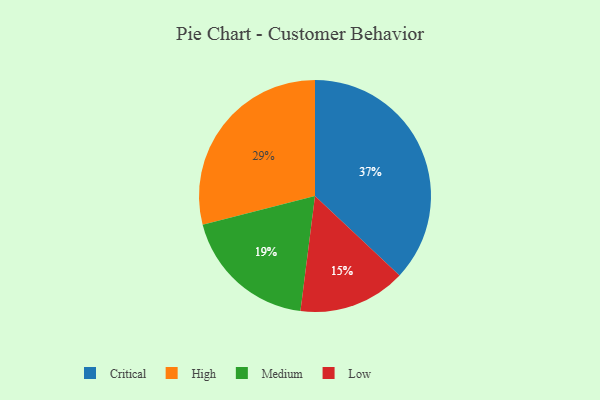
{"axis": {"x": "Category", "y": "Percentage"}, "legend": ["Critical", "High", "Low", "Medium"], "data": [{"x": "High", "y": 29, "type": "High"}, {"x": "Critical", "y": 37, "type": "Critical"}, {"x": "Medium", "y": 19, "type": "Medium"}, {"x": "Low", "y": 15, "type": "Low"}]}